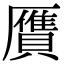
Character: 贋